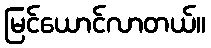
မြင်ယောင်လာတယ်။